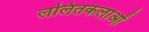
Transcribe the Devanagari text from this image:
ललितकलाओं